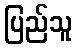
ပြည်သူ